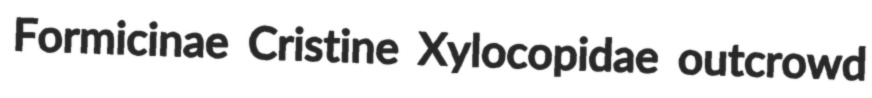
Formicinae Cristine Xylocopidae outcrowd